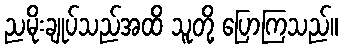
ညမိုးချုပ်သည်အထိ သူတို့ ပြောကြသည်။